Civil Veterinary Department Bihar & Orissa reports 1922-29 - 1922-1929
Year: 1922
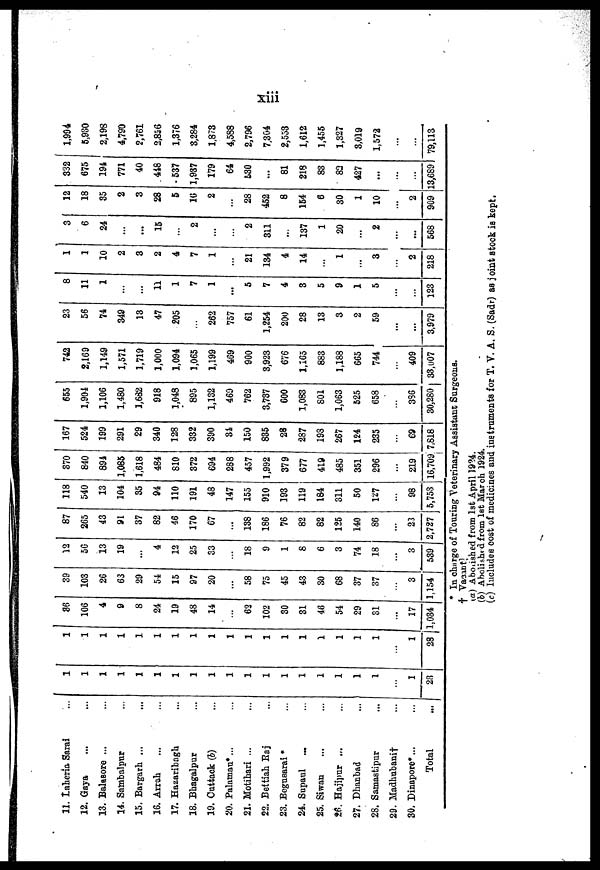
11. Laheria Sarai
12. Gaya
13. Balasore ...
14. Sambalpur
15. Bargarh ...
16. Arrah.
17. Hazaribagh.
18. Bhagalpur
19. Cuttack (b)
20. Palamau*...
21. Motihari ...
22. Bettiah Raj
23. Begusarai*
24. Supaul
25. Siwan
26. Hajipur ...
27. Dhanbad
28. Samastipar
29. Madhubani †
30. Dinapore*...
Total
1
1
28
1
28
86
106
4
9
8
24
19
48
14
62
102
30
31
46
54
29
31
...
17
1,034
39
103
26
63
29
54
15
97
20
58
75
45
43
30
68
37
37
3
1,154
12
56
13
19
...
4
12
25
33
18
9
1
8
6
3
74
18
3
539
87
265
43
91
37
82
46
170
67
...
138
186
76
82
82
125
140
86
23
2,727
118
540
13
104
35
94
110
191
48
147
155
910
193
119
184
311
50
127
98
5,753
370
840
891
1,085
1,618
484
810
372
694
288
457
1,992
379
677
419
485
351
296
219
167
524
199
291
29
340
128
332
390
31
150
835
28
287
19S
267
124
235
69
16,709: 7,818
655
1,901
1,106
1,480
1,682
918
1,048
895
1,132
469
762
3,737
600
1,083
801
1,063
525
658
3S6
30,280
742
2,169
1,149
1,571
1,719
1,000
1,094
1,065
1,199
469
900
3,923
676
1,165
883
1,188
665
744
409
33,107
23
56
74
349
13
47
205
262
757
61
1,254
200
28
13
3
2
59
...
3,979
8
11
1
...
11
1
7
1
...
5
7
4
3
5
9
1
5
123
1
1
10
2
3
2
4
7
1
21
134
4
14
...
1
3
2
218
1 3
6
24
...
...
15
2
...
2
311
...
137
1
20
...
2
...
...
568
12
18
35
2
3
28
5
16
2
...
28
452
8
154
6
30
1
10
2
909
332
675
194
771
40
418
537
1,937
179
64
530
...
81
218
83
82
427
...
13,689
1,994
5.930
2,198
4,790
2,761
2,856
1,376
3,284
1.873
4,588
2,796
7.304
2,553
1,612
1,455
1,327
3,019
1,572
79,113
* In charge of Touring Veterinary Assistant Surgeons.
† Vacant
(a) Abolished from 1st April 1924.
(b) Abolished from 1st March 1924.
(c) Includes cost of medicines and instruments for T. V. A. S. (Sadr) as joint stock is kept.